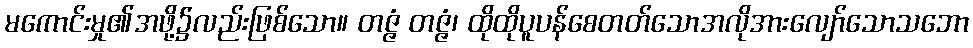
မကောင်းမှု၏အဖို့၌လည်းဖြစ်သော။ တဇ္ဇံ တဇ္ဇံ၊ ထိုထိုပူပန်စေတတ်သောအလိုအားလျော်သောသဘော